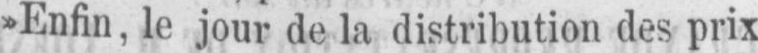
»Enfin, le jour de la distribution des prix